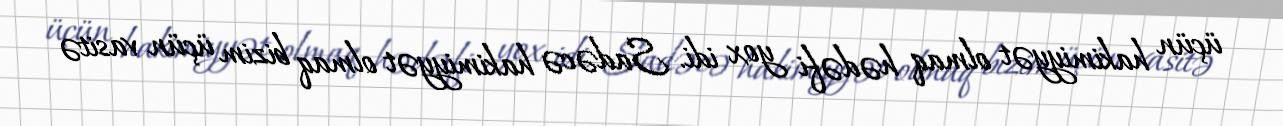
üçün hakimiyyət olmaq hədəfi yox idi. Sadəcə hakimiyyət olmaq bizim üçün vasitə